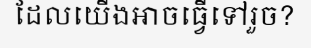
ដែលយើងអាចធ្វើទៅរួច?